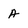
Character: A